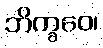
ဘိက္ခဝေ၊